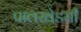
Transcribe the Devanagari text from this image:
पालखेडसी